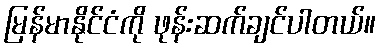
မြန်မာနိုင်ငံကို ဖုန်းဆက်ချင်ပါတယ်။